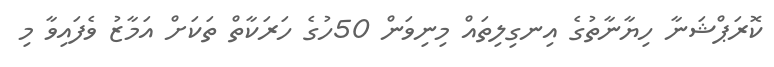
ކޮރަޕްޝަނާ ހިޔާނާތުގެ އިނގިލިތައް މިނިވަން 50ހުގެ ހަރަކާތް ތަކަށް އަމާޒު ވެފައިވާ މި